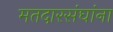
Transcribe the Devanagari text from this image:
मतदारसंघांना